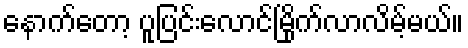
နောက်တော့ ပူပြင်းလောင်မြိုက်လာလိမ့်မယ်။